Note on the mental hospitals in Burma - 1925-1940
Year: 1925
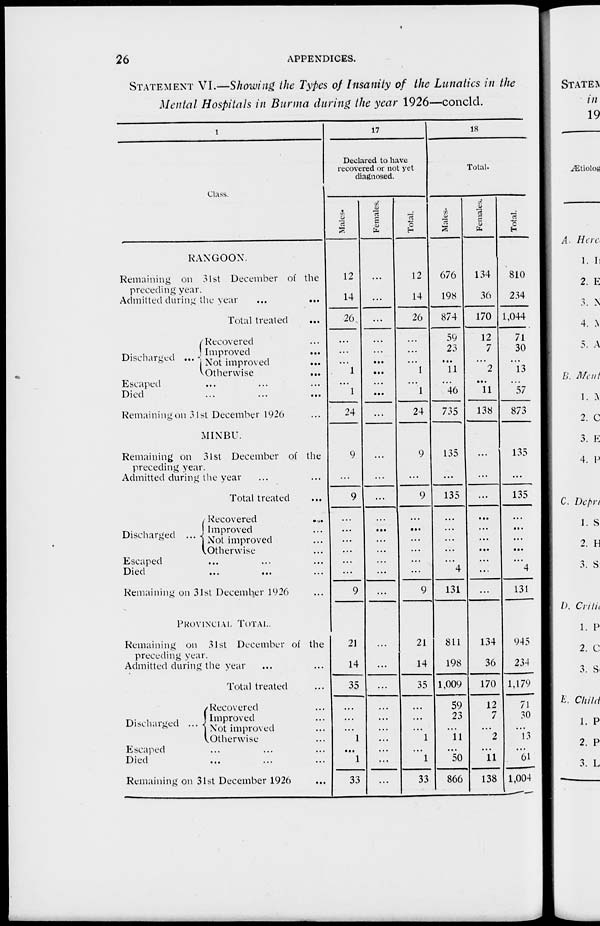
26
APPENDICES.
STATEMENT VI.—Showing the Types of Insanity of the Lunatics in the
Mental Hospitals in Burma during the year 1926—concld.
1
Class.
RANGOON.
Remaining on 31st December of the
preceding year.
Admitted during the year
...
...
Total treated ...
Discharged ...
Recovered ...
Improved
...
Not improved
...
Otherwise
...
Escaped ... ... ...
Died ... ... ...
Remaining on 31st December 1926 ...
MINBU.
Remaining on 31st December of the
preceding year.
Admitted during the year ... ...
Total treated ...
Discharged ...
Recovered ...
Improved ...
Not improved ...
Otherwise ...
Escaped ... ... ...
Died ... ... ...
Remaining on 31st December 1926 ...
PROVINCIAL TOTAL.
Remaining on 31st December of the
preceding year.
Admitted during the year ... ...
Total treated ...
Discharged ...
Recovered ...
Improved ...
Not improved ...
Otherwise ...
Escaped ... ... ...
Died ... ... ...
Remaining on 31st December 1926 ...
17
Declared to have
recovered or not yet
diagnosed.
Males.
12
14
26
...
...
...
1
...
1
24
9
...
9
...
...
...
...
...
...
9
21
14
35
...
...
...
1
...
1
33
Females.
...
...
...
...
...
...
...
...
...
...
...
...
...
...
...
...
...
...
...
...
...
...
...
...
...
...
...
...
...
...
Total.
12
14
26
...
...
...
1
...
1
24
9
...
9
...
...
...
...
...
...
9
21
14
35
...
...
...
1
...
1
33
18
Total.
Males.
676
198
874
59
23
...
11
...
46
735
135
...
135
...
...
...
...
...
4
131
811
198
1,009
59
23
...
11
...
50
866
Females.
134
36
170
12
7
...
2
...
11
138
...
...
...
...
...
...
...
...
...
...
134
36
170
12
7
...
2
...
11
138
Total.
810
234
1,044
71
30
...
13
...
57
873
135
...
135
...
...
...
...
...
4
131
945
234
1,179
71
30
...
13
...
61
1,004